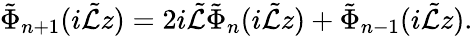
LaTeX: \tilde{\Phi}_{n+1}(i\tilde{\mathcal{L}}z)=2i\tilde{\mathcal{L}}\tilde{\Phi}_{n}(i\tilde{\mathcal{L}}z)+\tilde{\Phi}_{n-1}(i\tilde{\mathcal{L}}z).